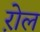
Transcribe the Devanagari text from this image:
ऱोल